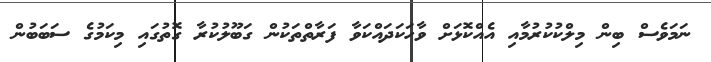
ނަމަވެސް ބިން މިލްކުކުރުމާއި އެއްކޮޅަށް ވާހަކަދައްކަވާ ފަރާތްތަކުން ގަބޫލުކުރާ ގޮތުގައި މިކަމުގެ ސަބަބުން